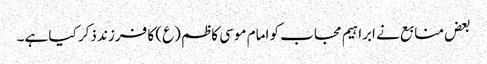
بعض منابع نے ابراہیم مجاب کو امام موسی کاظم (ع) کا فرزند ذکر کیا ہے۔